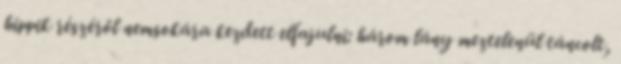
hippik részéről nemsokára kezdett elfajulni: három lány meztelenül táncolt,